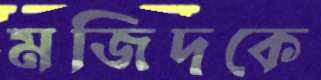
মজিদকে